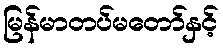
မြန်မာတပ်မတော်နှင့်